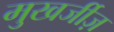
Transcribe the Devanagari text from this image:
मुखर्जीज़